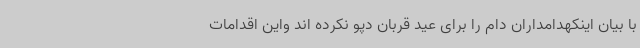
با بیان اینکهدامداران دام را برای عید قربان دپو نکرده اند واین اقدامات